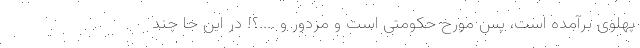
پهلوی برآمده است‌، پس مورخ حکومتی است و مزدور و ....؟! در این جا چند